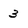
Character: 3